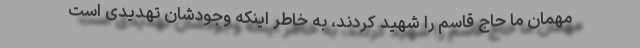
مهمان ما حاج قاسم را شهید کردند، به خاطر اینکه وجودشان تهدیدی است